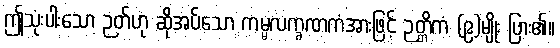
ဤသုံးပါးသော ဉတ်ဟု ဆိုအပ်သော ကမ္မလက္ခဏကံအားဖြင့် ဉတ္တိကံ (၉)မျိုး ပြား၏။